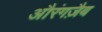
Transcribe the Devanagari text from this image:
औरंगज़ैब